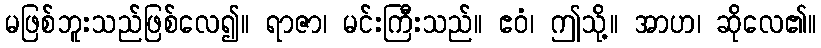
မဖြစ်ဘူးသည်ဖြစ်လေ၍။ ရာဇာ၊ မင်းကြီးသည်။ ဧဝံ၊ ဤသို့။ အာဟ၊ ဆိုလေ၏။